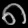
Digit: ၈